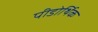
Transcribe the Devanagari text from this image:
पीडोर्थिक